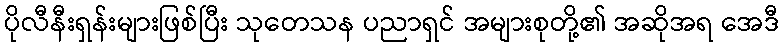
ပိုလီနီးရှန်းများဖြစ်ပြီး သုတေသန ပညာရှင် အများစုတို့၏ အဆိုအရ အေဒီ